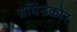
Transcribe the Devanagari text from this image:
ग्रयिंडकोर